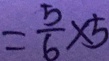
= \frac { 5 } { 6 } \times 5